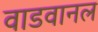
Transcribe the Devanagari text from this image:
वाडवानल